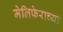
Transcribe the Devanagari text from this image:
मेलिफेराच्या